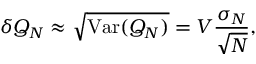
\delta Q _ { N } \approx { \sqrt { \mathrm { V a r } ( Q _ { N } ) } } = V { \frac { \sigma _ { N } } { \sqrt { N } } } ,